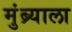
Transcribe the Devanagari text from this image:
मुंब्र्याला